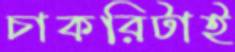
চাকরিটাই